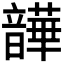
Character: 𫖛